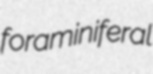
foraminiferal